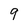
Character: 9